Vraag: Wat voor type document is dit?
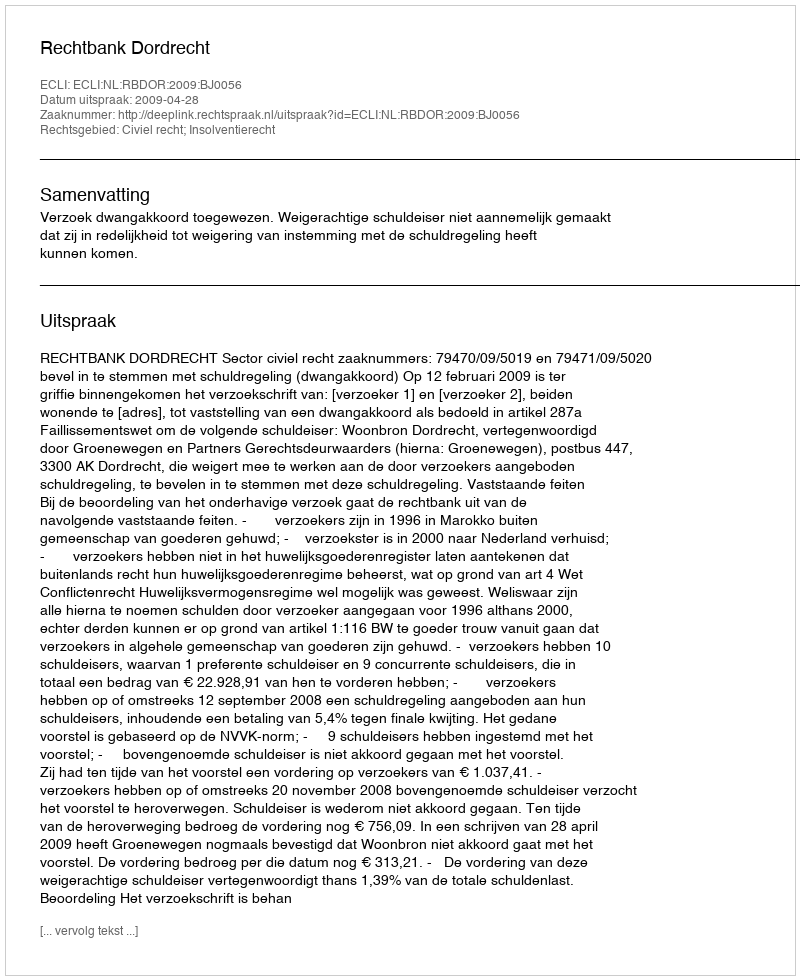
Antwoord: Uitspraak